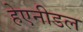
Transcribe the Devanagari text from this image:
हेएनीडल